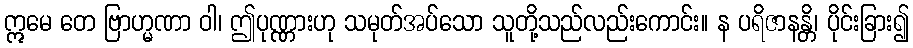
ဣမေ တေ ဗြာဟ္မဏာ ဝါ၊ ဤပုဏ္ဏားဟု သမုတ်အပ်သော သူတို့သည်လည်းကောင်း။ န ပရိဇာနန္တိ၊ ပိုင်းခြား၍